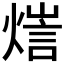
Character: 𤍉